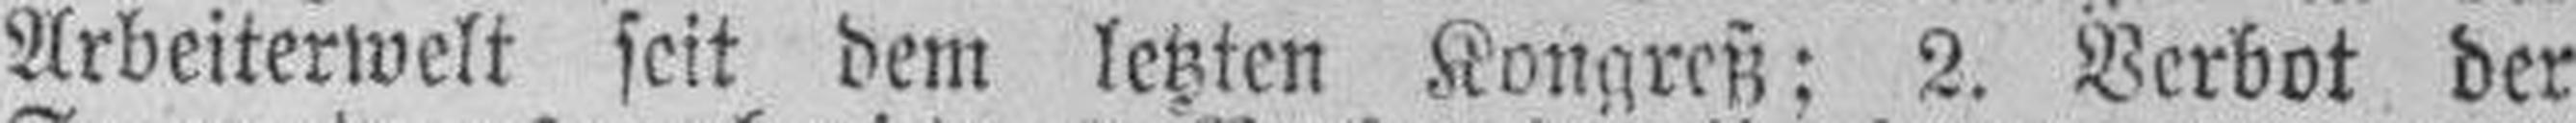
Arbeiterwelt seit dem letzten Kongreß; 2. Verbot der